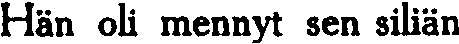
Hän oli mennyt sen siliän